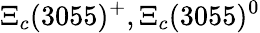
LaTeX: \Xi_{c}(3055)^{+},\Xi_{c}(3055)^{0}